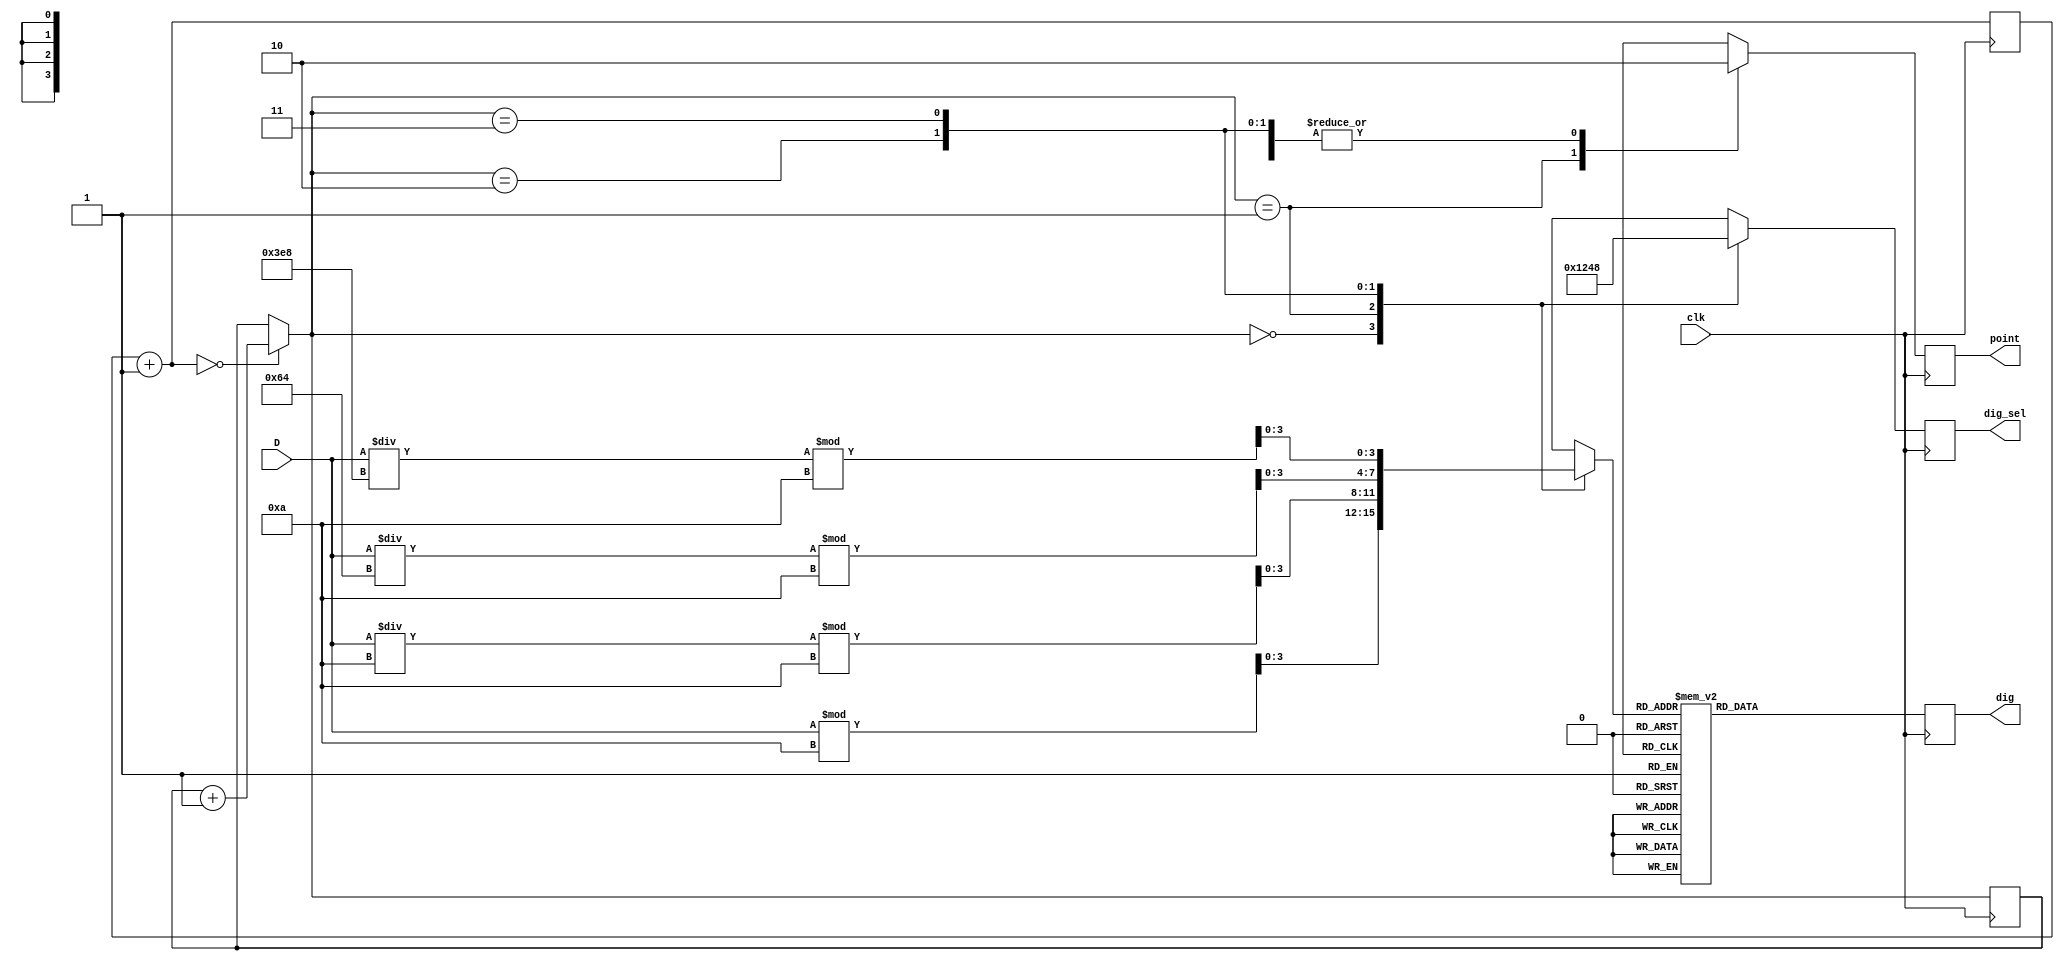
module show(clk, D, dig_sel, dig, point);
	input clk;
	input [15:0] D;
	output point;
	output [3:0] dig_sel;
	output [6:0] dig;
	reg point;
	reg [3:0] dig_sel;
	reg [6:0] dig;
	
	reg [3:0] now;
	reg [1:0] count;
	reg [15:0] count_1;
	
	always @ (posedge clk) begin
		count_1 = count_1 + 1;
		if (count_1 == 0) begin
			count = count + 1;
		end

		case (count)
			2'b00: begin
				dig_sel <= 4'b0001;
				now = D % 10;
				point <= 0;
			end
			2'b01: begin
				dig_sel <= 4'b0010;
				now = D / 10 % 10;
				point <= 1;
			end
			2'b10: begin
				dig_sel <= 4'b0100;
				now = D / 100 % 10;
				point <= 0;
			end
			2'b11: begin
				dig_sel <= 4'b1000;
				now = D / 1000 % 10;
				point <= 0;
			end
		endcase

		case(now)
			0: dig <= 7'b1111110;
			1: dig <= 7'b0110000;
			2: dig <= 7'b1101101;
			3: dig <= 7'b1111001;
			4: dig <= 7'b0110011;
			5: dig <= 7'b1011011;
			6: dig <= 7'b1011111;
			7: dig <= 7'b1110000;
			8: dig <= 7'b1111111;
			9: dig <= 7'b1111011;
			default:	dig <= 0;
		endcase
	end
endmodule


module key_press(clk, in, out);
	input clk, in;
	output out;
	
	reg out, pressed;
	always @ (posedge clk) begin
		if (in) begin
			if (pressed) begin
				out = 0;
			end else begin
				pressed = 1;
				out = 1;
			end
		end else begin
			pressed = 0;
			out = 0;
		end
	end
endmodule

module vending_machine(clk, coin_5, coin_10, coin_50, item_15, item_25, cash_back, dig_sel, dig, point, debug1, debug2);
	input clk;
	input coin_5, coin_10, coin_50, item_15, item_25, cash_back;
	
	output point, debug1, debug2;
	output [3:0] dig_sel;
	output [6:0] dig;
	
	reg [15:0] cash;
	
	wire c5, c10, c50, i15, i25, cb;
	key_press k5(clk, coin_5, c5);
	key_press k10(clk, coin_10, c10);
	key_press k50(clk, coin_50, c50);
	key_press ki15(clk, item_15, i15);
	key_press ki25(clk, item_25, i25);
	key_press kcb(clk, cash_back, cb);
	
	reg debug1, debug2;
	always @ (posedge clk) begin
		if (c5) begin
			cash = cash + 5;
			debug1 = 0;
			debug2 = 0;
		end
		if (c10) begin
			cash = cash + 10;
			debug1 = 0;
			debug2 = 0;
		end
		if (c50) begin
			cash = cash + 50;
			debug1 = 0;
			debug2 = 0;
		end
		if (i15) begin
			if (cash >= 15) begin
				cash = cash - 15;
				debug1 = 0;
			end else begin
				debug1 = 1;
			end
			debug2 = 0;
		end
		if (i25) begin
			if (cash >= 25) begin
				cash = cash - 25;
				debug1 = 0;
			end else begin
				debug1 = 1;
			end
			debug2 = 0;
		end
		if (cb) begin
			cash = 0;
			debug1 = 0;
			debug2 = 1;
		end
	end

	show s(clk, cash, dig_sel, dig, point);
endmodule